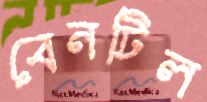
বেনটিল